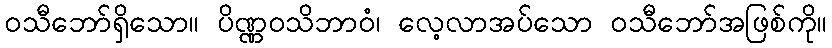
ဝသီဘော်ရှိသော။ ပိဏ္ဏဝသိဘာဝံ၊ လေ့လာအပ်သော ဝသီဘော်အဖြစ်ကို။